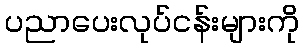
ပညာပေးလုပ်ငန်းများကို